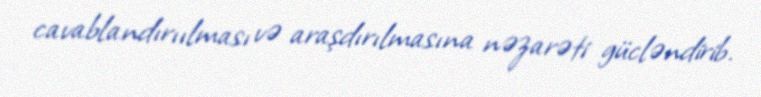
cavablandırıılması və araşdırılmasına nəzarəti gücləndirib.